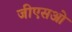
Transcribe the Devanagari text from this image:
जीएसओ